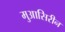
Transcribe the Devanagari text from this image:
मुआसिरीन